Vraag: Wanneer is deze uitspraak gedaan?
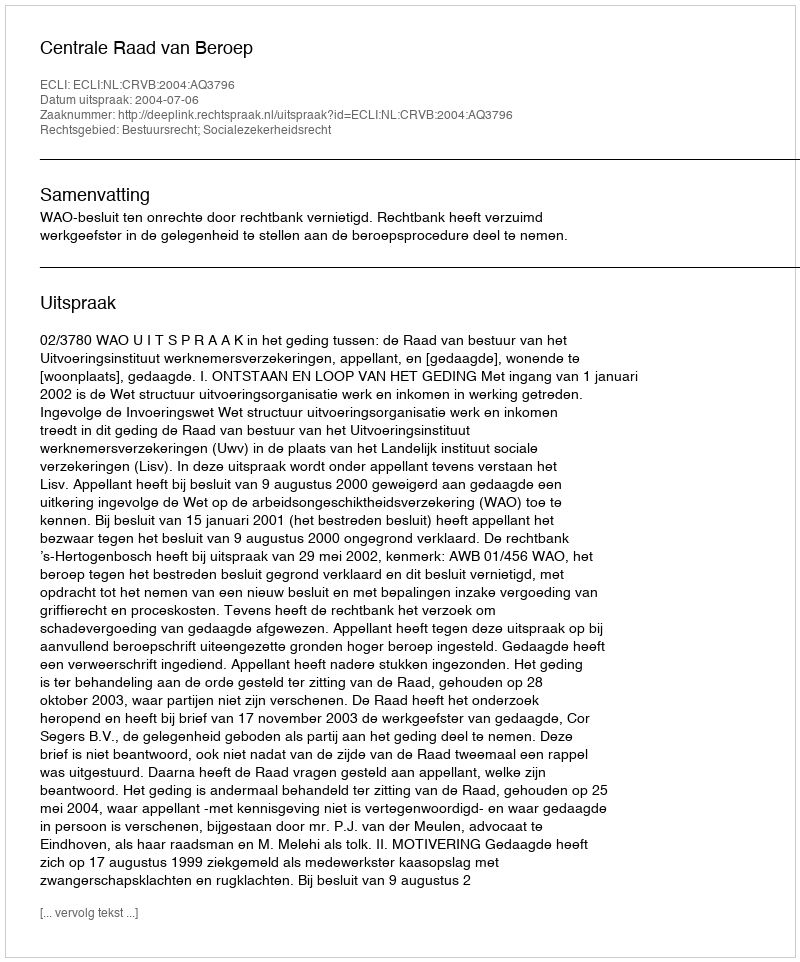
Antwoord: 2004-07-06